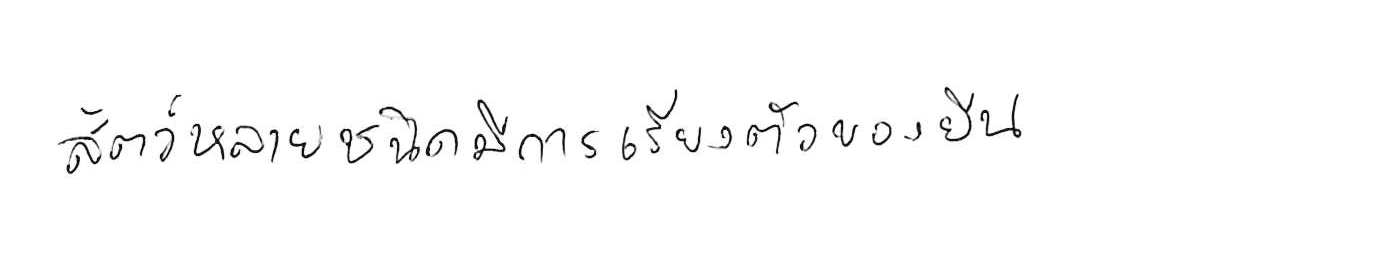
สัตว์หลายชนิดมีการเรียงตัวของยีน